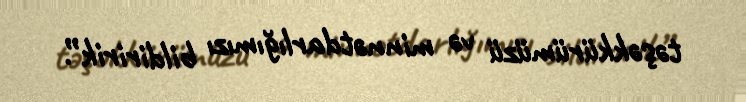
təşəkkürümüzü və minnətdarlığımızı bildiririk”.